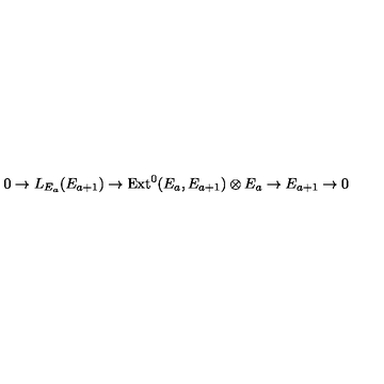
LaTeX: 0 \rightarrow L _ { E _ { a } } ( E _ { a + 1 } ) \rightarrow \mathrm { E x t } ^ { 0 } ( E _ { a } , E _ { a + 1 } ) \otimes E _ { a } \rightarrow E _ { a + 1 } \rightarrow 0